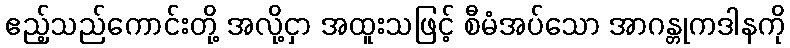
ဧည့်သည်ကောင်းတို့ အလို့ငှာ အထူးသဖြင့် စီမံအပ်သော အာဂန္တုကဒါနကို